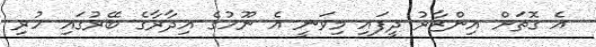
އެ ގޮތަށް އިންޒާރު ދީފައި މިވަނީ އެ ނޫހުގެ އިދާރާގެ ބޭރުގައި ހުރި